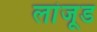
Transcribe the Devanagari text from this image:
लांजूड